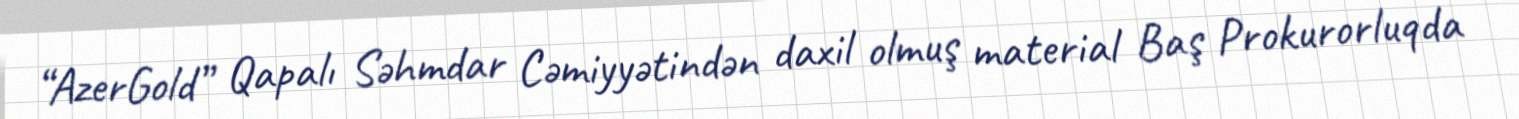
“AzerGold” Qapalı Səhmdar Cəmiyyətindən daxil olmuş material Baş Prokurorluqda